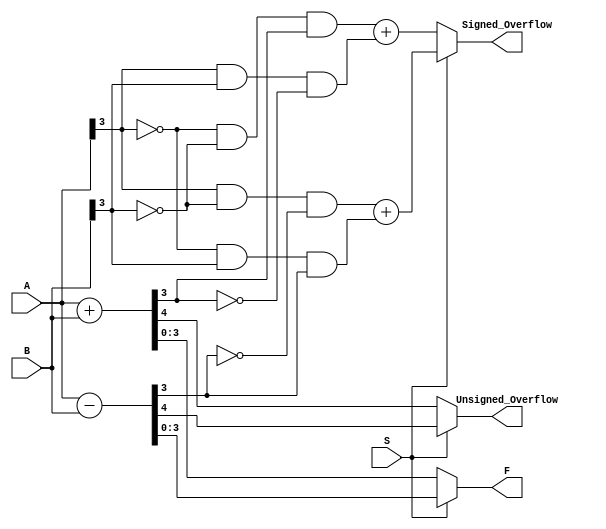
module AddSub (
input S, 
 input [3:0] A, B, 
 output reg [3:0] F, 
 output reg Unsigned_Overflow,
 output reg Signed_Overflow
);
reg [4:0] Result;
always @ (S or A or B) begin 
if (S == 0) begin 
Result = { 1'b0, A} + {1'b0, B};
F = Result [3: 0];
Unsigned_Overflow = Result [4];
Signed_Overflow = ( (!A [3]) & (!B [3]) & (Result [3])) + ( (A [3]) & (B [3]) & (!Result [3]));
end else begin 
Result = {1'b0, A} - {1'b0, B};
F = Result [3:0];
Unsigned_Overflow = Result [4];
Signed_Overflow = ( (A [3]) & (!B[3]) & (!Result [3])) + ((!A[3]) & (B [3]) & (Result [3]));
end 
end
endmodule